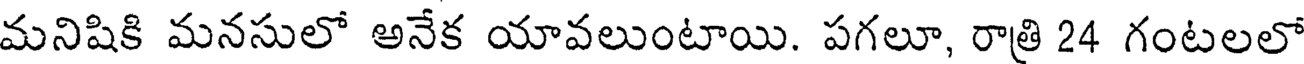
మనిషికి మనసులో అనేక యావలుంటాయి. పగలూ, రాత్రి 24 గంటలలో